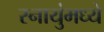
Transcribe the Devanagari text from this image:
स्नायुंमध्ये